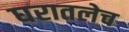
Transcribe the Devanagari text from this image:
घरातलेच